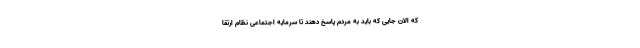
که الان جایی که باید به مردم پاسخ دهند تا سرمایه اجتماعی نظام ارتقا